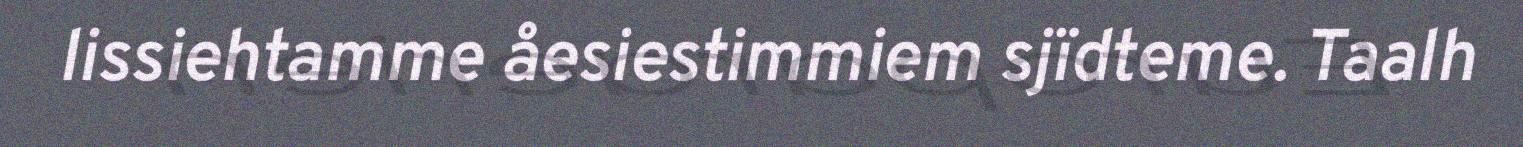
lissiehtamme åesiestimmiem sjïdteme. Taalh